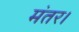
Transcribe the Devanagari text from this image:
मंतर।